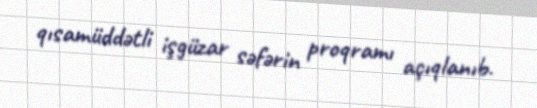
qısamüddətli işgüzar səfərin proqramı açıqlanıb.